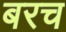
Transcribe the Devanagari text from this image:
बरच